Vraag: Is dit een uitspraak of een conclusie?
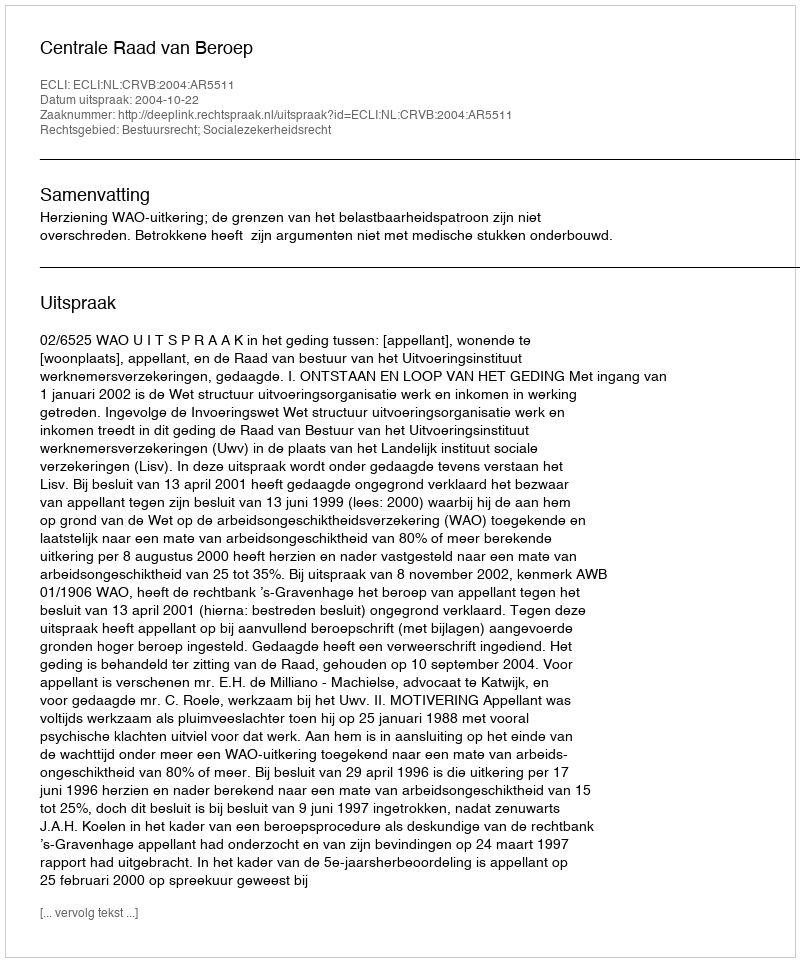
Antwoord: Uitspraak